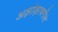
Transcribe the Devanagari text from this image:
अक्षांक्षावरील